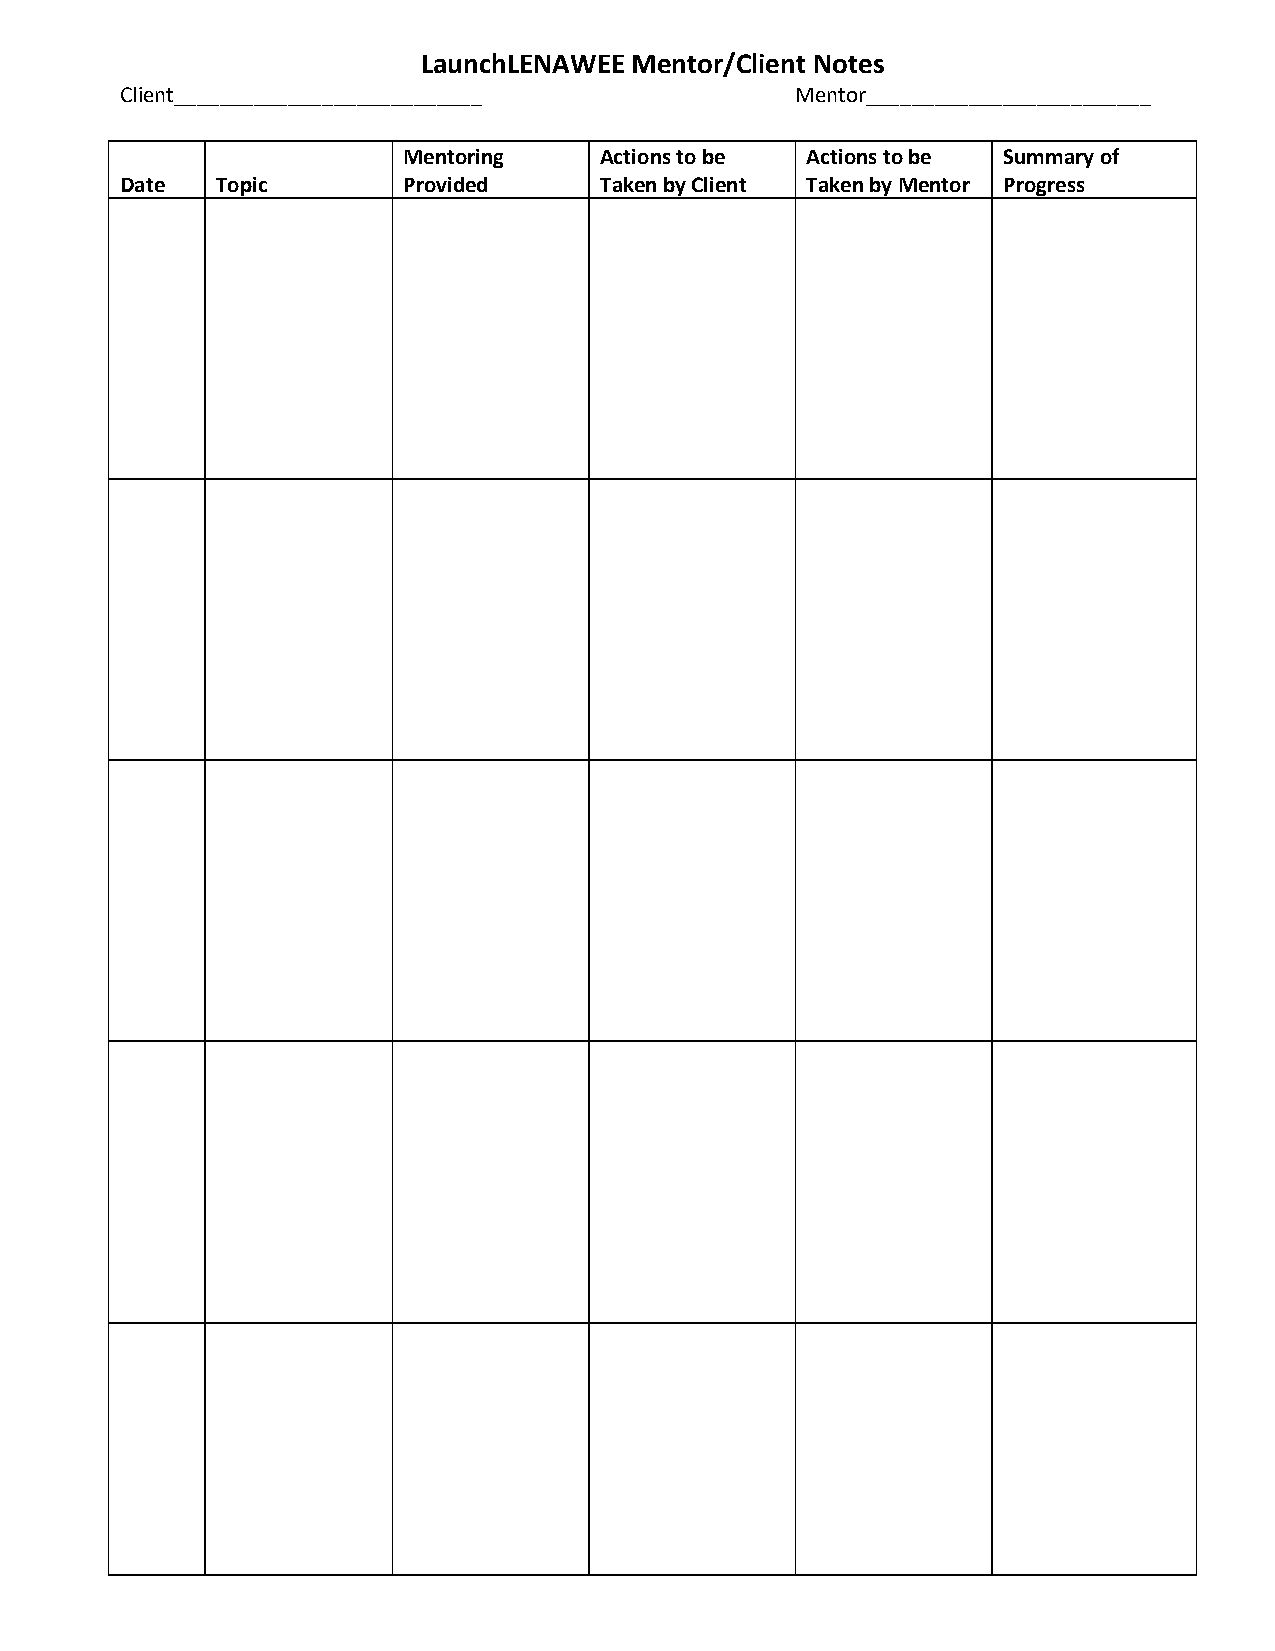
LaunchLENAWEE Mentor/Client Notes
 Client___________________________            Mentor_________________________
 Mentoring    Actions to be Actions to be Summary of
 Date  Topic        Provided     Taken by Client Taken by Mentor Progress